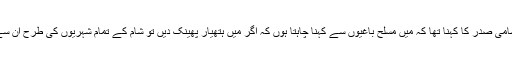
اتوار کے روز اٹلی کے ٹی وی چینل کو انٹرویو میں شامی صدر کا کہنا تھا کہ میں مسلح باغیوں سے کہنا چاہتا ہوں کہ اگر میں ہتھیار پھینک دیں تو شام کے تمام شہریوں کی طرح ان سے بھی تمام موضوعات پر مذاکرات کے لئے تیار ہیں۔